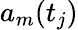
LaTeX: a_{m}(t_{j})